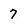
Character: 7